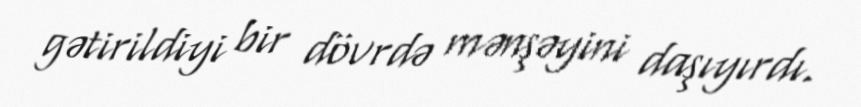
gətirildiyi bir dövrdə mənşəyini daşıyırdı.